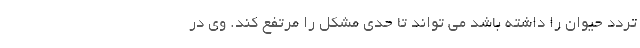
تردد حیوان را داشته باشد می تواند تا حدی مشکل را مرتفع کند. وی در